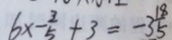
6 \times - \frac { 3 } { 5 } + 3 = - 3 \frac { 1 8 } { 5 }